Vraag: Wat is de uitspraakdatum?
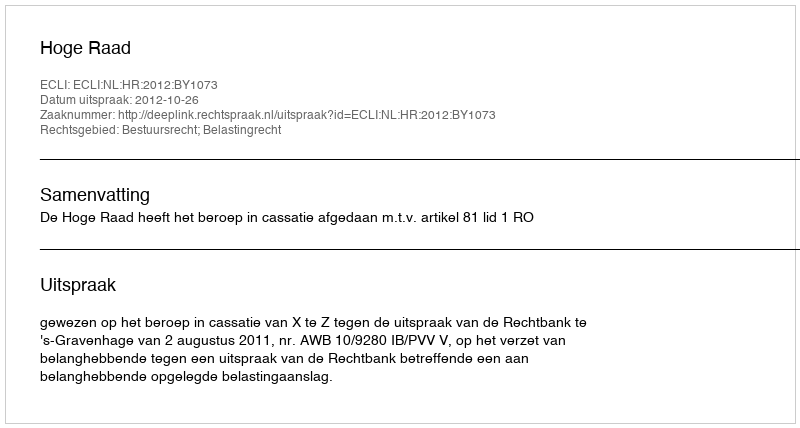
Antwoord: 2012-10-26